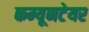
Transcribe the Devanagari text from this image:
कम्यूनटेयर